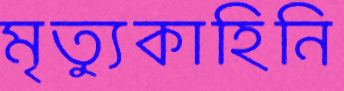
মৃত্যুকাহিনি